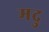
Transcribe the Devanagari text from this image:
मदु